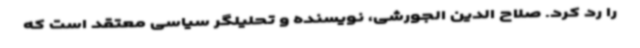
را رد کرد. صلاح الدین الجورشی، نویسنده و تحلیلگر سیاسی معتقد است که